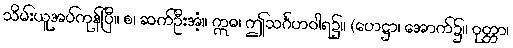
သိမ်းယူအပ်ကုန်ပြီ။ စ၊ ဆက်ဦးအံ့။ ဣဓ၊ ဤသင်္ဂဟဝါရ၌။ (ဟေဋ္ဌာ၊ အောက်၌။ ဝုတ္တာ၊